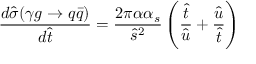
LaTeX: \frac { d \hat { \sigma } ( \gamma g \rightarrow q \bar { q } ) } { d \hat { t } } = \frac { 2 \pi \alpha \alpha _ { s } } { \hat { s } ^ { 2 } } \left( \frac { \hat { t } } { \hat { u } } + \frac { \hat { u } } { \hat { t } } \right)